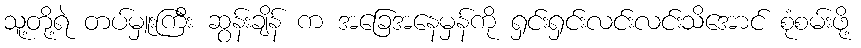
သူ့တို့ရဲ တပ်မှူးကြီး ဆွန်းချိန် က အခြေအနေမှန်ကို ရှင်းရှင်းလင်းလင်းသိအောင် စုံစမ်းဖို့